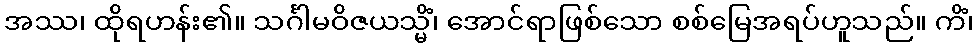
အဿ၊ ထိုရဟန်း၏။ သင်္ဂါမဝိဇယသ္မိံ၊ အောင်ရာဖြစ်သော စစ်မြေအရပ်ဟူသည်။ ကိံ၊